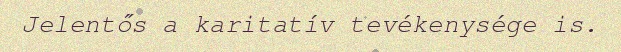
Jelentős a karitatív tevékenysége is.